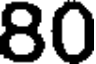
80